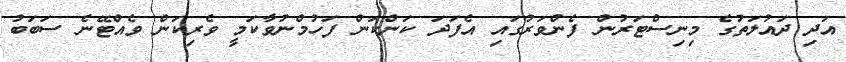
އަދި ދައުލަތުގެ މިނިސްޓަރުން ފެންވަރުގައި އެފަދަ ކަންކަން ފަހުމްނުވާކަމީ ވެރިކަން ވެއްޓޭނެ ސަބަބު